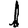
Digit: 1